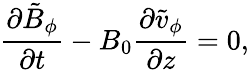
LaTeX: \frac{\partial\tilde{B}_{\phi}}{\partial t}-B_{0}\frac{\partial\tilde{v}_{\phi}}{\partial z}=0,